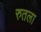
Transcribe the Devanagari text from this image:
रुतला